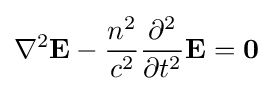
\nabla ^{2}\mathbf {E} -{\frac {n^{2}}{c^{2}}}{\frac {\partial ^{2}}{\partial t^{2}}}\mathbf {E} =\mathbf {0}